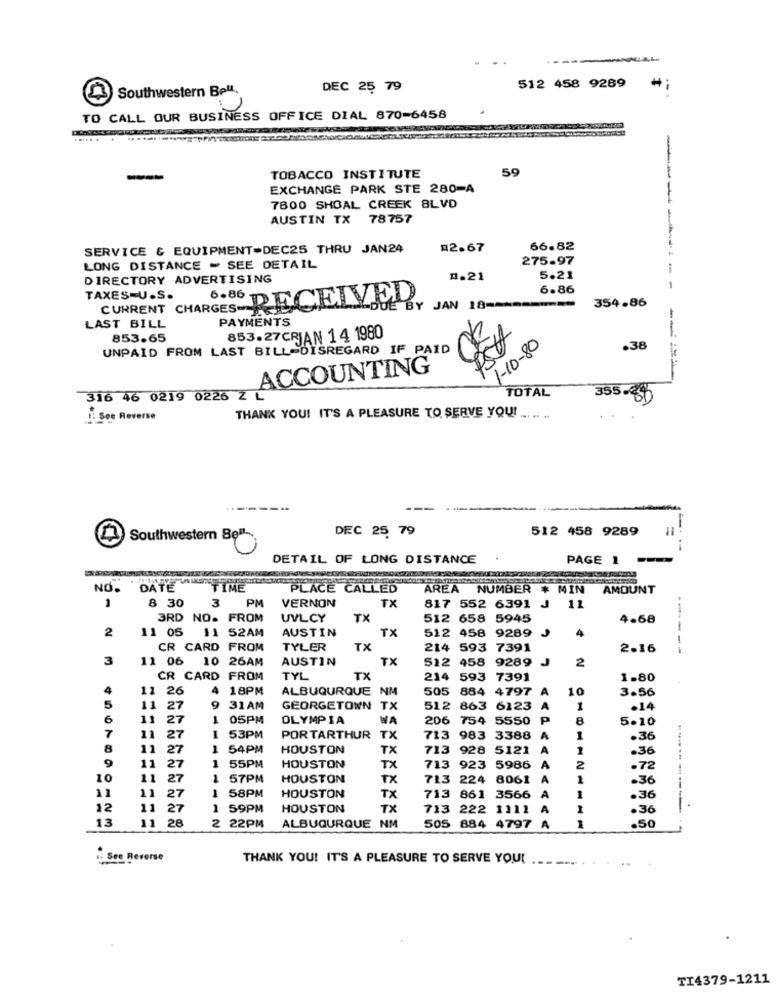
-
Southwestern Bett,
DEC 25 79
512 458 9289
TO CALL OUR BUSINESS OFFICE DIAL 870-6458
.... .
59
TOBACCO INSTITUTE
EXCHANGE PARK STE 280-A
7800 SHOAL CREEK BLVD
AUSTIN TX 78757
SERVICE & EQUIPMENT-DEC25 THRU JAN24
02.67
66.82
275-97
LONG DISTANCE - SEE DETAIL
DIRECTORY ADVERTISING
1.21
5.21
6.86
TAXES-U.S.
6.86
RECEIVED
354.86
CURRENT CHARGESDE
BY JAN 18 =====
PAYMENTS
LAST BILL
853.65
853.27CRIAN 14 1980
1-10-80
UNPAID FROM LAST BILL DISREGARD IF PAID
.38
75
ACCOUNTING
TOTAL
316 46 0219 0226 Z L
355-450
See Reverse
THANK YOU! IT'S A PLEASURE TO SERVE YOU! ..... ..
DEC 25 79
512 458 9289
Southwestern Bell
-
DETAIL OF LONG DISTANCE
PAGE 1
NO.
DATE
"TIME
PLACE CALLED
AREA
NUMBER * MIN
AMOUNT
8 30
PM
VERNON
817
11
1
3
TX
552 6391
3RD NO. FROM
UVLCY
TX
512 658 5945
4.68
AUSTIN
TX
512 458 9289
4
---
2
11 05 11 52AM
CR CARD FROM
TYLER
TX
214 593 7391
2.16
--
3
11 06 10 26AM
AUSTIN
TX
512 458 9289
J
2
CR CARD FROM
TYL
TX
214
593 7391
1-80
4
11 26
4
18PM
ALBUQURQUE
NM
505
884 4797
A
10
3.50
5
11
27
9
31AM
GEORGETOWN
TX
512 863 6123
A
1
.14
6
11
11 27
27
1
05PM
OLYMPIA
WA
206
754 5550
P
8
5-10
7
11
27
1
53PM
PORTARTHUR
TX
713
983 3388
&
1
.36
8
11
27
1
54PM
HOUSTON
TX
713
928 5121
A
1
.36
9
27
11
1
55PM
HOUSTON
TX
713
923 5986
A
2
.72
10
11
27
1
57PM
HOUSTON
TX
713 224 8061
A
.36
11
11
27
58PM
HOUSTON
TX
713 861 3566
A
1
.36
12
11
27
59PM
HOUSTON
TX
713 222 1111 A
.36
13
11
28
2
ALBUQURQUE NM
.50
505 884 4797 A
1
.: See Reverse
THANK YOU! IT'S A PLEASURE TO SERVE YOU!
TI4379-1211